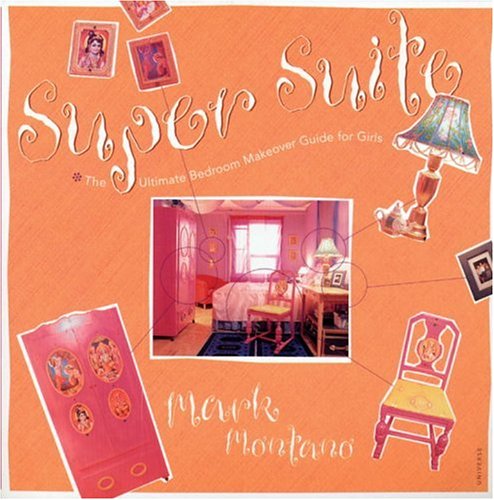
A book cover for Super Suite: The Ultimate Bedroom Makeover Guide for Girls; Mark Montano; Teen & Young Adult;